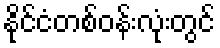
နိုင်ငံတစ်ဝန်းလုံးတွင်